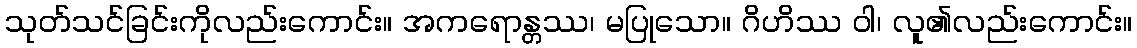
သုတ်သင်ခြင်းကိုလည်းကောင်း။ အကရောန္တဿ၊ မပြုသော။ ဂိဟိဿ ဝါ၊ လူ၏လည်းကောင်း။